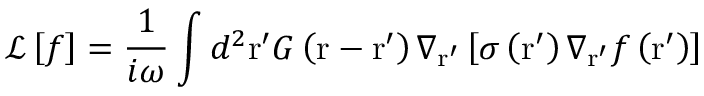
\mathcal { L } \left[ f \right] = \frac { 1 } { i \omega } \int { { { d } ^ { 2 } } \mathrm { { r } ^ { \prime } } G \left( \mathrm { r } - \mathrm { { r } ^ { \prime } } \right) { { \nabla } _ { { \mathrm { { r } ^ { \prime } } } } } \left[ \sigma \left( { \mathrm { { r } ^ { \prime } } } \right) { { \nabla } _ { { \mathrm { { r } ^ { \prime } } } } } f \left( { \mathrm { { r } ^ { \prime } } } \right) \right] }